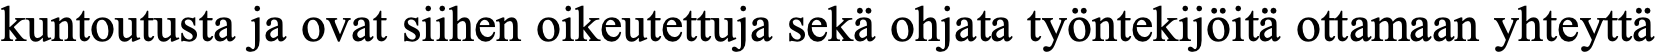
kuntoutusta ja ovat siihen oikeutettuja sekä ohjata työntekijöitä ottamaan yhteyttä